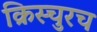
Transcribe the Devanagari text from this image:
क्रिस्चुरच